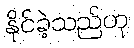
နိုင်ခဲ့သည်ဟု